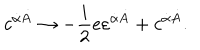
LaTeX: c ^ { \dot { \alpha } \dot { A } } \rightarrow - { \frac { i } { 2 } } e \varepsilon ^ { \dot { \alpha } \dot { A } } + c ^ { \dot { \alpha } \dot { A } } .